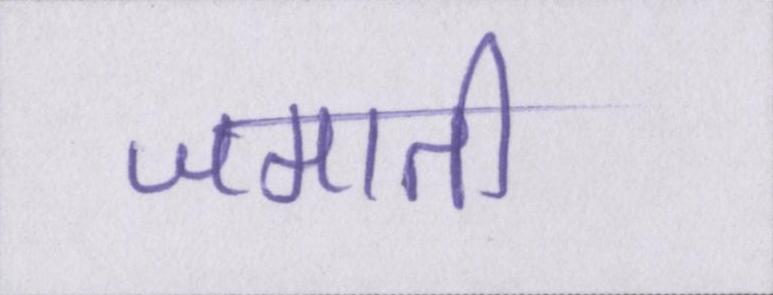
जमाती